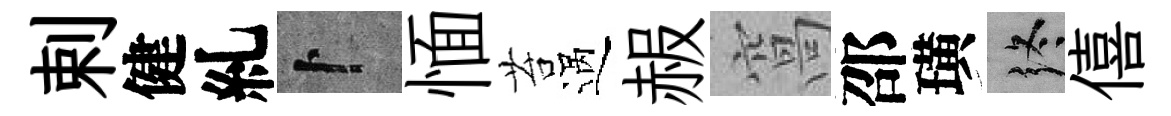
剌健糺卜愐苔過赧窩邵璜终僖